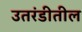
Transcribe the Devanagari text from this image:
उतरंडीतील